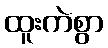
ထူးကဲစွာ